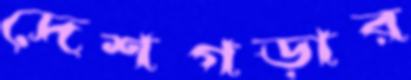
দেশগড়ার